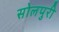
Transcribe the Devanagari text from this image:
सोलपुरी